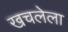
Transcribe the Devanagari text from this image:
खचलेला